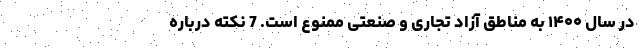
در سال ۱۴۰۰ به مناطق آزاد تجاری و صنعتی ممنوع است. 7 نکته درباره